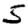
Digit: 5